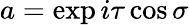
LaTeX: a=\exp{i\tau}\cos\sigma